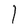
Character: l